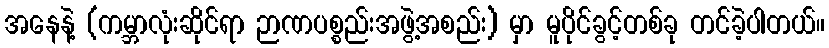
အနေနဲ့ (ကမ္ဘာလုံးဆိုင်ရာ ဉာဏပစ္စည်းအဖွဲ့အစည်း) မှာ မူပိုင်ခွင့်တစ်ခု တင်ခဲ့ပါတယ်။